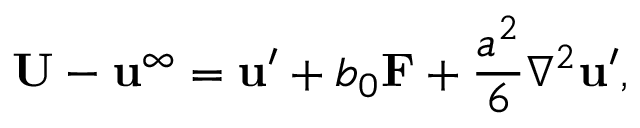
\mathbf { U } - \mathbf { u } ^ { \infty } = \mathbf { u } ^ { \prime } + b _ { 0 } \mathbf { F } + { \frac { a ^ { 2 } } { 6 } } \nabla ^ { 2 } \mathbf { u } ^ { \prime } ,